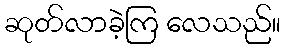
ဆုတ်လာခဲ့ကြ လေသည်။